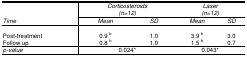
<table><thead><tr><td rowspan="3"><b><i>Time</i></b></td><td colspan="2"><b><i>Corticosteroids</i><i>(n=12)</i></b></td><td colspan="2"><b><i>Laser</i><i>(n=12)</i></b></td></tr><tr><td><b><i>Mean</i></b></td><td><b><i>SD</i></b></td><td><b><i>Mean</i></b></td><td><b><i>SD</i></b></td></tr></thead><tbody><tr><td>Post-treatment</td><td>0.9<sup>b</sup></td><td>1.0</td><td>3.9<sup>b</sup></td><td>3.0</td></tr><tr><td>Follow up</td><td>0.8<sup>b</sup></td><td>1.0</td><td>1.5<sup>b</sup></td><td>0.7</td></tr><tr><td><i>p-value</i></td><td colspan="2">0.024*</td><td colspan="2">0.043*</td></tr></tbody></table>